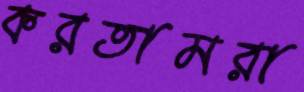
করতামরা